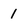
Character: 1